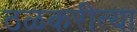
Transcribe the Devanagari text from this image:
ठळकरीत्या